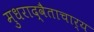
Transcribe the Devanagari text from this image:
मुधराद्वैताचार्य